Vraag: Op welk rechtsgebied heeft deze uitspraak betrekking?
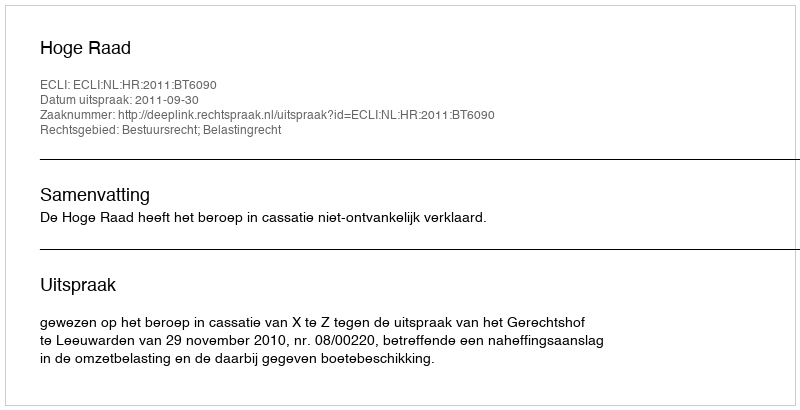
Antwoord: Bestuursrecht; Belastingrecht